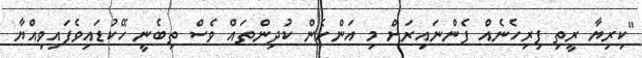
"ކިރިޔާ ރީތި ފިރިހެނެއް ފެންނައިރަށް މި އަންހެން ކުދިންތައް ވެސް ތިބެނީ ހޭކުޑައިވެފައިވިއްޔާ